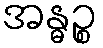
အန္ဓဉ္စ